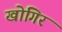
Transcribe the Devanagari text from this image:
खोगिर